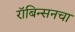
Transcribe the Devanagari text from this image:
रॉबिन्सनचा